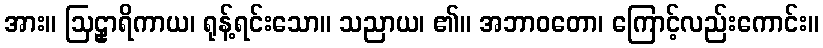
အား။ ဩဠှာရိကာယ၊ ရုန့်ရင်းသော။ သညာယ၊ ၏။ အဘာဝတော၊ ကြောင့်လည်းကောင်း။